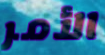
الأمر